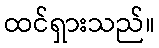
ထင်ရှားသည်။